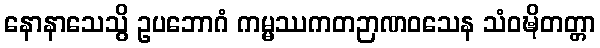
နောနာသေသွိ ဥပဘောဂံ ကမ္မဿကတဉာဏဝသေန သံဝဍ္ဎိတတ္တာ